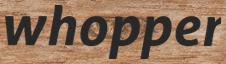
whopper